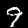
Label: 9